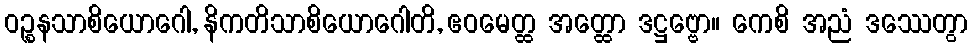
ဝဉ္စနသာစိယောဂေါ, နိကတိသာစိယောဂေါတိ, ဧဝမေတ္ထ အတ္ထော ဒဋ္ဌဗ္ဗော။ ကေစိ အညံ ဒဿေတွာ